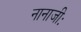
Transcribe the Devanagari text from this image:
नानाजीः